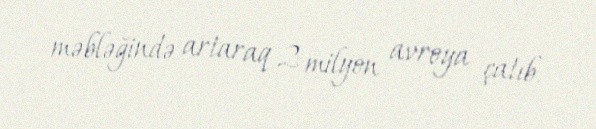
məbləğində artaraq 2 milyon avroya çatıb.